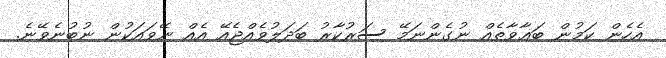
އެހެން ކަމުން ބަޣާވާތެއް ނުގެންނަމޭ ސަރުކާރު ބަދަލުވެއްޖެއޭ އެއް ނޭވައަކުން ނުބުނެވޭނެ.